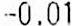
-0.01